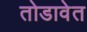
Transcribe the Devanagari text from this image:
तोडावेत